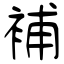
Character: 補